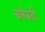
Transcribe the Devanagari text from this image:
बत्तेस्ती